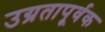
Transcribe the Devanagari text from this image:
उग्रतापूर्वक